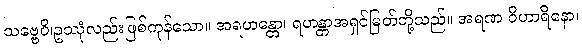
သဗ္ဗေပိ၊ဥဿုံလည်းဖြစ်ကုန်သော။ အရဟန္တော၊ ရဟန္တာအရှင်မြတ်တို့သည်။ အရဏ ဝိဟာရိနော၊